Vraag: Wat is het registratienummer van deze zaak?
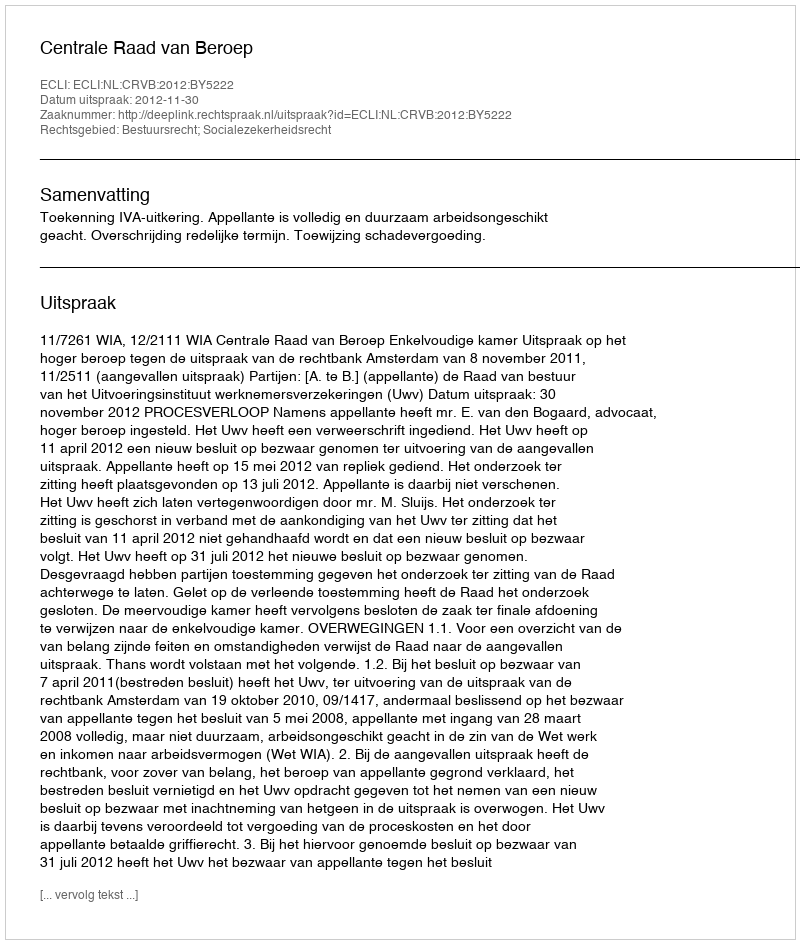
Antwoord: http://deeplink.rechtspraak.nl/uitspraak?id=ECLI:NL:CRVB:2012:BY5222